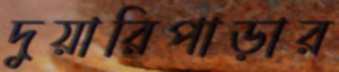
দুয়ারিপাড়ার